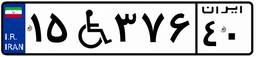
۵۵W۲۰۸۹۹